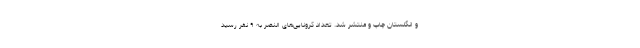
و انگلستان چاپ و منتشر شد. تعداد کرونایی‌های النصر به ۹ نفر رسید